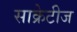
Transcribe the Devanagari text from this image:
साक्रेटीज